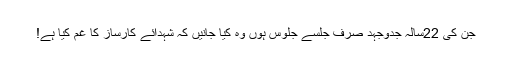
جن کی 22سالہ جدوجہد صرف جلسے جلوس ہوں وہ کیا جانیں کہ شہدائے کارساز کا غم کیا ہے!